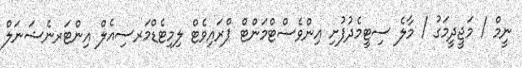
ނީމް / މަޖީދީމަގު / މާލެ ސިޓީމެދުފުށި އިންވެސްޓްމަންޓް ޕްރައިވެޓް ލިމިޓެޑްމަރސިއެލް އިންޓަރނެޝަނަލް